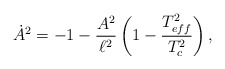
\begin{align*}\dot{A}^2=-1-\frac{A^2}{\ell^2}\left(1-\frac{T_{eff}^2}{T_c^2}\right),\end{align*}